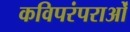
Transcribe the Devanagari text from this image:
कविपरंपराओं